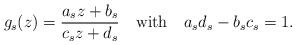
LaTeX: \begin{align*}g_s(z)=\frac{a_sz+b_s}{c_sz+d_s} \quad {\rm{with}}\quad a_sd_ s-b_sc_s=1.\end{align*}